Vital statistics of India. Vol. IV, Annual returns from 1871 to 1876. British Army of India, Native Army and jails of Bengal
Year: 1871
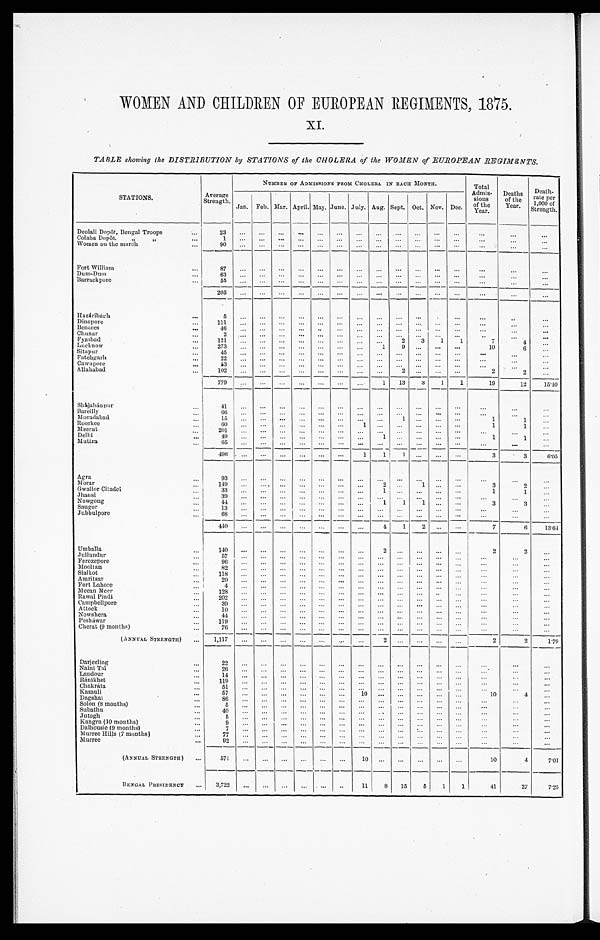
WOMEN AND CHILDREN OF EUROPEAN REGIMENTS, 1875.
XI.
TABLE showing the DISTRIBUTION by STATIONS of the CHOLERA of the WOMEN of EUROPEAN REGIMENTS.
STATIONS.
Average
Strength.
NUMBER OF ADMISSIONS FROM CHOLERA. IN EACH MONTH.
Total
Admis-
sions
of the
Year.
Deaths of the
Year.
Death-
rate per
1,000 of
Strength.
Jan. Feb. Mar. April. May. June. July. Aug. Sept. Oct. Nov. Dec.
Deolali Dopôt, Bengal Troops
. . . ... 23
... ... ... ... ... ... ... ... ... ... ... ...
...
...
...
Colaba Dopôt,
... 1
... ... ... ... ... ... ... ... ... ... ... ...
...
... ...
Women on the march"
... 90
... ... ... ... ... ... ... ...
. . .
... ... ...
...
... _ ...
...
87
... ... ... ... ... ... ... ... ...
... ... ...
...
...
...
Dum-Dum
... 63
... ... ... .... ... ... ... ... ... ... ... ... ...
... ...
Barrackpore.
... 55
... ... ... ... ... ... ... ... ... ... ... ... ...
...
...
205 ... ... ... ... ... ... ... ... ... ... ... ... ...
...
...
Hazáribagh
...
5
... ... ... ... ... ... ... ... ...
... ...
...
..
...
Dinapore
... 111 ... ... ... ... ... ... ... ... ... ... ... ... ...
...
Benares
... 46
... ... ... ... ..
... ... ... ... ... ... ...
...
...
...
Chunar
... 2
... ... ... ... ... ... ... ... ... ... ... ...
...
...
...
... 121 ... ... ... ... ... ... ... ...
2 3 1 1
7
4
...
Lucknow
... 273 ... ... ... ... ... ... ...
1 9 ... ... ...
10
6
6
Sitapur
... 45
... ... ... ... ... ... ... ... ... ... ... ...
...
...
...
Fatehgarh
... 22
... ... ... ... ... ... ... ... ... ... ... ... ...
...
...
Cawnpore
... 53
... ... ... ... ... ... ... ... ... ... ... ...
...
...
...
Allahabad
... 102
... ... ... ... ... ... ... ... 2 ... ... ...
2
2
2
...
7 7 9 . . .
. . . . . .
. . .
. . .
. . . . . . 1 13 3
1
1
1
19
12
1 5 . 4 0
Shájahánpur
...
41. ... ... ... ... ... ... ... ... ... ... ... ...
...
...
...
Bareilly
... ...
... ... ... ... ... ... ... ... ... ... ... ...
... ...
...
Moradabad
...15
... ... ... ... ... ... ... ...
1 ... ... ...
1
1 ...
Roorkee
... 60
... ... ... ... ... ... 1 ... ... ... ... ..
1
1 ...
Meerut
... 201 ... ... ... ... ... ... ... ... ...
. . . . ... ... ...
...
...
Delhi
... 49
... ... ... ... ... ... ... 1 ... ... ... ...
1
1 ...
Muttra
... 65
... ... ... ... ... ... ... ... ... ... ... ...
...
...
... _
496 ... ... ... ...
... ...
1 1 1 ... ... ...
3
3
6.05
Agra
...
93
... ... ... ... ... ... ... ... ... ... ... ...
...
...
...
Morar
... 149 ... ... ... ... ... ... ... 2 ... 1 ... ...
3
2 ...
Gwalior Citadel
. . . . . . 33
... ... ... ... ... ... ... 1 ... ... ... ...
1
1 ...
Jhansi
... 39
... ... ... ... ... ... ... ... ... ... ... ...
...
...
...
Nowgong
... 44
... ... ... ... ... ... ...
1 1 1 ... ...
3
3 ...
Saugor
... 13
... ... ... ... ... ... ... ... ... ... ... ...
...
...
...
Jubbulpore
...
68 . . . ... ... ... ... ... ... ... ... ... ... ...
...
...
...
440 ... ... ... ... ... ... ...
4 1 2 ... ...
7
6 13.64
Umballa
...
140 ... ... ... ... ... ... ... 2 ... ... ... ...
2
2 ...
Jullundur
...57
... ... ... ... ... ... ... ... ... ... ... ...
...
...
...
Ferozepore
...96
... ... ... ... ... ... ... ... ... ... ... ...
...
...
...
Mooltan
...82
... ... ... ... ... ... ... ... ... ... ... ...
...
...
...
Sialkot
...118 ... ... ... ... ... ... ... ... ... ... ... ...
...
...
...
Amritsar
...20
... ... ... ... ... ... ... ... ... ... ... ...
...
...
...
Fort Lahore
... 4
... ... ... ... ... ... ... ... ...
... ... ... ...
...
...
Meean Meer
... 128 ... ... ... ... ... ... ... ... ... ... ... ...
...
...
...
Rawal Pindi
... 202 ... ... ... ... ... ... ... ... ... ...
... ... ...
...
...
Campbellpore
... 39
... ... ... ... ... ... ... ... ... ...
. . . ...
...
...
...
Attoek
... 10
... ... ... ... ... ... ... ... ... ... ...
...
...
...
...
Nowshera
... 44
... ... ... ... ... ... ... ... ... ... ... ...
... ...
...
Pesháwar
... 119 ... ... ... ... ... ... ... ... ... ... ... ...
...
...
...
Cherat (9 months)
...76
... . . . ... ... ...
... ... ... ... ... ... ...
...
...
...
(ANNUAL STRENGTH) ... 1,117 ... ... ... ... ...
... ... ...2 ... ... ... ...
2
2
1.79
Darjeeling
...
22
... ... ... ... ... ... ... ... ... ... ... ...
...
...
...
Naini Tal
... 26
... ... ... ... ... ... ... ... ... ... ... ...
...
...
Landour
... 14
... ... ... ... ... ... ... ... ... ... ... ...
...
...
...
Ránikhet
... 119 ... ... ... ... ... ... ... ... ... ... ... ...
...
... ...
Chakráta
... 51
... ... ... ... ... ... ... ... ... ... ... ... ...
...
...
Kasauli
... 57
... ... ... ... ... ... 10 ... ... ... ... ...
10
4 ...
Dagshai
... 86
... ... ... ... ... ... ... ... ... ... ... ...
...
...
...
Solon (8 months)
...5
... ... ... ... ... ... ... ... ...
... ... ...
...
...
...
Subathu
...40
... ... ... ... ... ... ... ... ... ... ... ...
...
... ...
Jutogh
...
5 ... ... ... ... ... ... ... ... ... ... ... ... ...
...
...
Kangra (10 months)
... 9
... ... ... ... ... ... ... ... ... ... ... ...
...
...
...
Dalhousie (9 months)
... 7
... ... ... ... ... ... ... ... ... ... ... ...
... ...
...
Murree Hills (7 months)
... 77
... ... ... ... ... ... ... ... ... ... ... ...
...
... ...
Murree
...
92 ... ... ... ... ... ...
. . . ... ... ...
... ...
...
...
... _
(A NNUAL STRENGTH ) ...
571 ...
... ... ... ... ... 10
... ... ... ... ...
10 4
7.01
BENGAL PRESIDENCY ...
3,722 ... ... ... ... ... .. 11 8 15 5 1
1
41
27
7.25